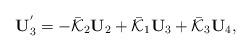
LaTeX: \begin{align*}\mathbf{U}_{3}^{^{\prime }}=-\mathcal{\bar{K}}_{2}\mathbf{U}_{2}+\mathcal{\bar{K}}_{1}\mathbf{U}_{3}+\mathcal{\bar{K}}_{3}\mathbf{U}_{4},\end{align*}